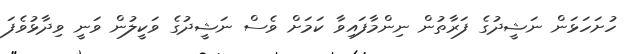
ހުށަހަޅަން ނަޝީދުގެ ފަރާތުން ނިންމާފައިވާ ކަމަށް ވެސް ނަޝީދުގެ ވަކީލުން ވަނީ ވިދާޅުވެފަ